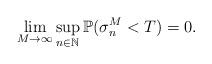
LaTeX: \begin{align*}\lim_{M\rightarrow\infty}\sup_{n\in \mathbb{N}} \mathbb{P}(\sigma_{n}^M <T) =0 .\end{align*}